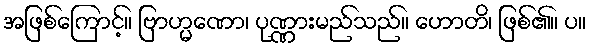
အဖြစ်ကြောင့်။ ဗြာဟ္မဏော၊ ပုဏ္ဏားမည်သည်။ ဟောတိ၊ ဖြစ်၏။ ပ။